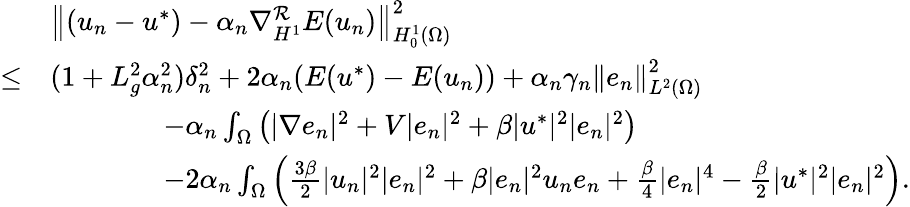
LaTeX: \begin{array}{rl}&{\left\Vert(u_{n}-u^{*})-\alpha_{n}\nabla_{H^{1}}^{\mathcal{R}}E(u_{n})\right\Vert_{H_{0}^{1}(\Omega)}^{2}}\\ {\leq}&{(1+L_{g}^{2}\alpha_{n}^{2})\delta_{n}^{2}+2\alpha_{n}(E(u^{*})-E(u_{n}))+\alpha_{n}\gamma_{n}\left\Vert e_{n}\right\Vert_{L^{2}(\Omega)}^{2}}\\ &{\qquad\qquad-\alpha_{n}\int_{\Omega}\left(|\nabla e_{n}|^{2}+V|e_{n}|^{2}+\beta|u^{*}|^{2}|e_{n}|^{2}\right)}\\ &{\qquad\qquad-2\alpha_{n}\int_{\Omega}\left(\frac{3\beta}{2}|u_{n}|^{2}|e_{n}|^{2}+\beta|e_{n}|^{2}u_{n}e_{n}+\frac{\beta}{4}|e_{n}|^{4}-\frac{\beta}{2}|u^{*}|^{2}|e_{n}|^{2}\right).}\end{array}